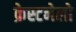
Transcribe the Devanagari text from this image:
क्रेस्टनेलो